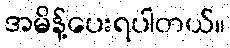
အမိန့်ပေးရပါတယ်။